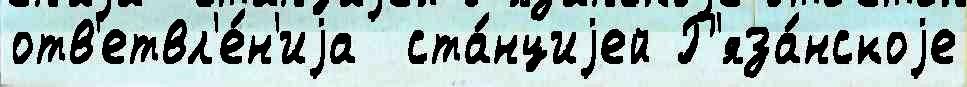
отв'етвл'е́н'иjа  ста́нциjей Р'яза́нскоjе